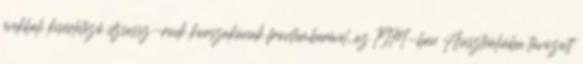
évekbeli kísérletező dzsessz-rock korszakának frontemberével, az 1974-ben Ausztráliába távozott